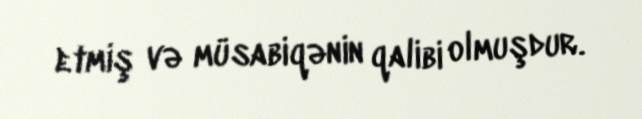
etmiş və müsabiqənin qalibi olmuşdur.